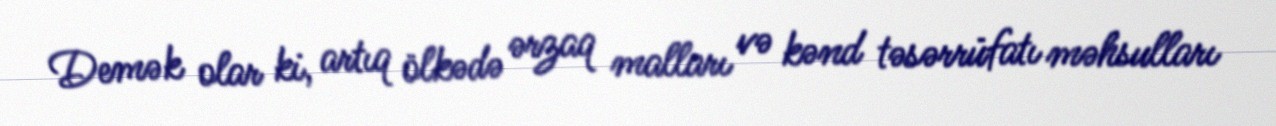
Demək olar ki, artıq ölkədə ərzaq malları və kənd təsərrüfatı məhsulları